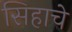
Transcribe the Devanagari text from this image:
सिहाचे